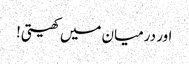
اور درمیان میں کھیتی!